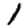
Digit: 1